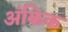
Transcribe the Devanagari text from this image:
अंकिक